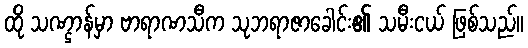
ထို သဏ္ဌာန်မှာ ဗာရာဏသီက သုဘရာဇာခေါင်း၏ သမီးငယ် ဖြစ်သည်။